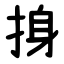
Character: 㧶